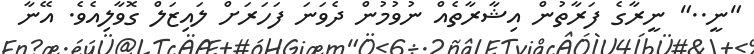
"ނީ.." ނީރާގެ ފަރާތުން އިޝާރާތެއް ނުވުމުން ދެވަނަ ފަހަރަށް ލައިޒަލް ގޮވާލިއެވެ. އޭނާ